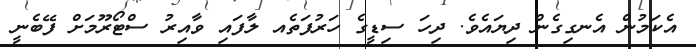
އެކަމުން އެނގިގެން ދިޔައެވެ. ދިހަ ސިޑީގެ ހަރުފަތެއ ލާފައި ވާއިރު ސްޓޯރޫމަށް ފޭބެނީ